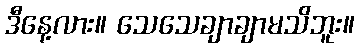
ဒီနေ့လား။ သေသေချာချာမသိဘူး။